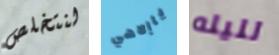
لنتخلص ياإلاهي لليله